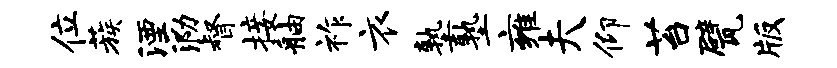
位蔟湮泐督接舳祚衣塾塾雍夫仰苔甓版